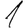
Digit: 1